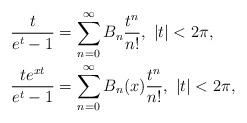
LaTeX: \begin{align*}\frac{t}{e^{t}-1} & =\sum\limits_{n=0}^{\infty}B_{n}\frac{t^{n}}{n!},\ |t|<2\pi,\\\frac{te^{xt}}{e^{t}-1} & =\sum\limits_{n=0}^{\infty}B_{n}(x)\frac{t^{n}}{n!},\ |t|<2\pi,\end{align*}